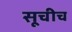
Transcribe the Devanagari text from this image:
सूचीच